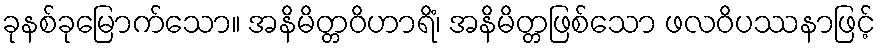
ခုနစ်ခုမြောက်သော။ အနိမိတ္တဝိဟာရိံ၊ အနိမိတ္တဖြစ်သော ဖလဝိပဿနာဖြင့်